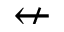
\nleftarrow